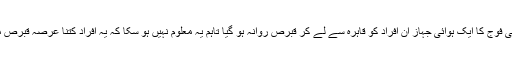
جمعرات کو امریکی فوج کا ایک ہوائی جہاز ان افراد کو قاہرہ سے لے کر قبرص روانہ ہو گیا تاہم یہ معلوم نہیں ہو سکا کہ یہ افراد کتنا عرصہ قبرص میں قیام کریں گے۔